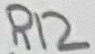
Text: R12